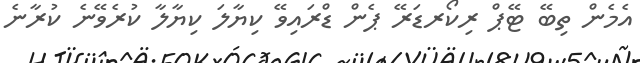
އެމެން ތިބޭ ޓޭޕް ރިކޯރޑަރޭ ޕެން ޑްރައިވޭ ކިޔާލަ ކިޔާލާ ކުރެވޭނެ ކުރާނެ